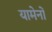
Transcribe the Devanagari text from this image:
यामेनों